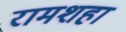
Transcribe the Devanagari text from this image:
रामशहा